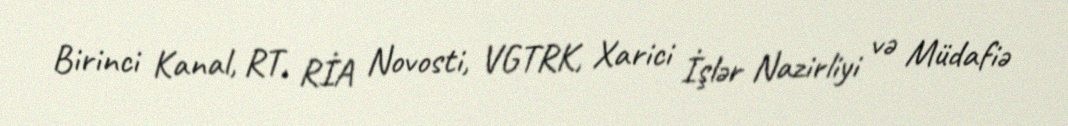
Birinci Kanal, RT, RİA Novosti, VGTRK, Xarici İşlər Nazirliyi və Müdafiə